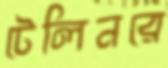
টেলিনরে